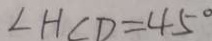
\angle H C D = 4 5 ^ { \circ }